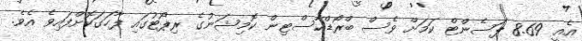
އެއީ 8.69 ޕަސެންޓް ކަމަށް ވެސް ބްރޯޑްކާސްޓިން ކޮމިޝަނުގެ ރިޕޯޓުގައި ފާހަގަކޮށްފައިވެ އެވެ.